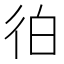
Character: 𰐭